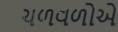
ચળવળોએ